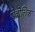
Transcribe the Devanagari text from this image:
ऐवोलिक